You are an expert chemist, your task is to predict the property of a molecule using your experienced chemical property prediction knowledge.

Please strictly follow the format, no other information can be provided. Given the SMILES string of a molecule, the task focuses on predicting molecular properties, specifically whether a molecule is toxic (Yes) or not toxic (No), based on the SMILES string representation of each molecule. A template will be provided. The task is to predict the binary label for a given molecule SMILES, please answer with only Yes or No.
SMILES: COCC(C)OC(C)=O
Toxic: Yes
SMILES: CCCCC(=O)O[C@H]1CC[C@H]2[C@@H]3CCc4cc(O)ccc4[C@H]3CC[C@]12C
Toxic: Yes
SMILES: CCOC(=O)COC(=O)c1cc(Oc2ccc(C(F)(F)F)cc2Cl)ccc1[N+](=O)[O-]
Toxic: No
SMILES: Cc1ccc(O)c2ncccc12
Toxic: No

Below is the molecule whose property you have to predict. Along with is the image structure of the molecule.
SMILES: Nc1ccc(S(=O)(=O)Nc2ccnn2-c2ccccc2)cc1
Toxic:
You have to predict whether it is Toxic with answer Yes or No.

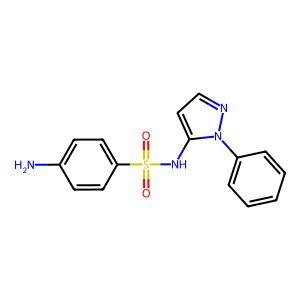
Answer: No